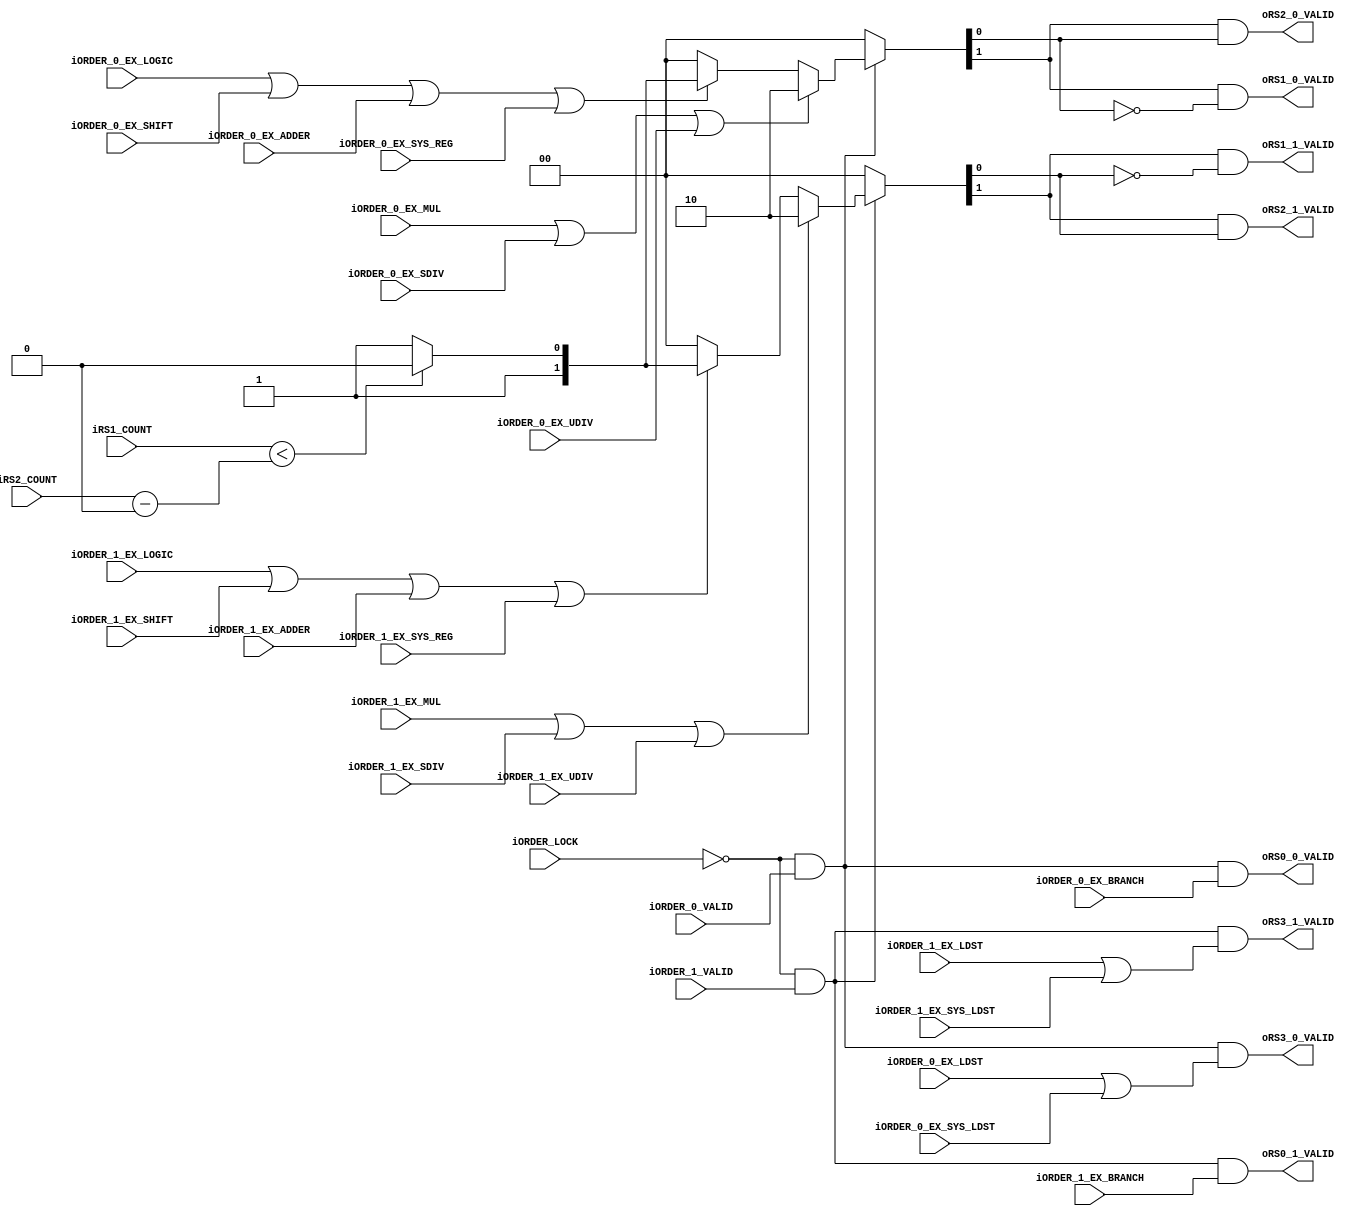
module scheduler2_allocate_rsv_station #(
		parameter P_ALU2_PRIORITY_LEVEL = 4'h0
	)(
		//Register
		input wire iORDER_LOCK,
		input wire iORDER_0_VALID,
		input wire iORDER_0_EX_SYS_REG,	
		input wire iORDER_0_EX_SYS_LDST,		
		input wire iORDER_0_EX_LOGIC,
		input wire iORDER_0_EX_SHIFT,
		input wire iORDER_0_EX_ADDER,
		input wire iORDER_0_EX_MUL,
		input wire iORDER_0_EX_SDIV,
		input wire iORDER_0_EX_UDIV,
		input wire iORDER_0_EX_LDST,
		input wire iORDER_0_EX_BRANCH,
		input wire iORDER_1_VALID,
		input wire iORDER_1_EX_SYS_REG,	
		input wire iORDER_1_EX_SYS_LDST,		
		input wire iORDER_1_EX_LOGIC,
		input wire iORDER_1_EX_SHIFT,
		input wire iORDER_1_EX_ADDER,
		input wire iORDER_1_EX_MUL,
		input wire iORDER_1_EX_SDIV,
		input wire iORDER_1_EX_UDIV,
		input wire iORDER_1_EX_LDST,
		input wire iORDER_1_EX_BRANCH,
		//RS-INFO
		input wire [3:0] iRS1_COUNT,
		input wire [3:0] iRS2_COUNT,
		//Output
		output wire oRS0_0_VALID,
		output wire oRS1_0_VALID,
		output wire oRS2_0_VALID,
		output wire oRS3_0_VALID,
		output wire oRS0_1_VALID,
		output wire oRS1_1_VALID,
		output wire oRS2_1_VALID,
		output wire oRS3_1_VALID
	);
	
	//ALU1, 2
	wire rs1_0_select;
	wire rs1_1_select;
	wire rs2_0_select;
	wire rs2_1_select;
	
	/*
	reg b_alu_last;
	always@(posedge iCLOCK or negedge inRESET)begin
		if(!inRESET)begin	
			b_alu_last <= 1'b0;
		end
		else if(iRESET_SYNC)begin
			b_alu_last <= 1'b0;
		end
		else begin	
			if(rs1_0_select)begin
				b_alu_last <= 1'b0;
			end
			else if(rs2_0_select)begin
				b_alu_last <= 1'b1;
			end
			else begin
				b_alu_last <= b_alu_last;
			end
		end
	end
	*/
	
	localparam PL_ALU_SEL_ALU1 = 1'h0;
	localparam PL_ALU_SEL_ALU2 = 1'h1;
	
	
	
	//[1]Valid bit, [0]0=Rs1/1=Rs2
	function [1:0] func_alu_select;
		//input func_alu_last;
		input [3:0] func_alu1_cnt;
		input [3:0] func_alu2_cnt;
		input func_valid;
		input func_ex_mul;		//only ALU1
		input func_ex_sdiv;		//only ALU1
		input func_ex_udiv;		//only ALU1
		input func_ex_logic;
		input func_ex_shift;
		input func_ex_adder;
		input func_ex_sys_reg;
		begin	
			if(!func_valid)begin	
				func_alu_select = 2'h0;
			end
			else begin
				if(func_ex_mul || func_ex_sdiv || func_ex_udiv)begin
					func_alu_select = {1'b1, PL_ALU_SEL_ALU1};
				end
				else if(func_ex_logic || func_ex_shift || func_ex_adder || func_ex_sys_reg)begin
					if(func_alu1_cnt < (func_alu2_cnt-P_ALU2_PRIORITY_LEVEL))begin	
						func_alu_select = {1'b1, PL_ALU_SEL_ALU1};
					end
					else begin
						func_alu_select = {1'b1, PL_ALU_SEL_ALU2};
					end
				end
				else begin
					func_alu_select = 2'h0;
				end
			end
		end
	endfunction
	
	wire pipe0_alu_valid;
	wire pipe0_alu_valid_number;
	assign {pipe0_alu_valid, pipe0_alu_valid_number} = func_alu_select(
		iRS1_COUNT,
		iRS2_COUNT,
		(!iORDER_LOCK && iORDER_0_VALID),
		iORDER_0_EX_MUL,
		iORDER_0_EX_SDIV,
		iORDER_0_EX_UDIV,
		iORDER_0_EX_LOGIC,
		iORDER_0_EX_SHIFT,
		iORDER_0_EX_ADDER,
		iORDER_0_EX_SYS_REG
	);
	
	wire pipe1_alu_valid;
	wire pipe1_alu_valid_number;
	assign {pipe1_alu_valid, pipe1_alu_valid_number} = func_alu_select(
		iRS1_COUNT,
		iRS2_COUNT,
		(!iORDER_LOCK && iORDER_1_VALID),
		iORDER_1_EX_MUL,
		iORDER_1_EX_SDIV,
		iORDER_1_EX_UDIV,
		iORDER_1_EX_LOGIC,
		iORDER_1_EX_SHIFT,
		iORDER_1_EX_ADDER,
		iORDER_1_EX_SYS_REG
	);
	
	//RS0
	assign oRS0_0_VALID = !iORDER_LOCK && iORDER_0_VALID && iORDER_0_EX_BRANCH;
	assign oRS0_1_VALID = !iORDER_LOCK && iORDER_1_VALID && iORDER_1_EX_BRANCH;	
	
	/*
	//RS1		
	assign oRS1_0_VALID = !iORDER_LOCK && iORDER_0_VALID && (iORDER_0_EX_MUL || iORDER_0_EX_SDIV || iORDER_0_EX_UDIV || ((iRS1_COUNT < iRS2_COUNT)? iORDER_0_EX_LOGIC || iORDER_0_EX_SHIFT || iORDER_0_EX_ADDER || iORDER_0_EX_SYS_REG : 1'b0));
	assign oRS1_1_VALID = !iORDER_LOCK && iORDER_1_VALID && (iORDER_1_EX_MUL || iORDER_1_EX_SDIV || iORDER_1_EX_UDIV || ((iRS1_COUNT < iRS2_COUNT)? iORDER_1_EX_LOGIC || iORDER_1_EX_SHIFT || iORDER_1_EX_ADDER || iORDER_1_EX_SYS_REG : 1'b0));								
	//RS2									
	assign oRS2_0_VALID = !iORDER_LOCK && iORDER_0_VALID && ((iRS1_COUNT < iRS2_COUNT)? 1'b0 : iORDER_0_EX_LOGIC || iORDER_0_EX_SHIFT || iORDER_0_EX_ADDER || iORDER_0_EX_SYS_REG);
	assign oRS2_1_VALID = !iORDER_LOCK && iORDER_1_VALID && ((iRS1_COUNT < iRS2_COUNT)? 1'b0 : iORDER_1_EX_LOGIC || iORDER_1_EX_SHIFT || iORDER_1_EX_ADDER || iORDER_1_EX_SYS_REG);							
	*/
		
	
	//RS1	
	assign oRS1_0_VALID = pipe0_alu_valid && (pipe0_alu_valid_number == PL_ALU_SEL_ALU1); //rs1_0_select;
	assign oRS1_1_VALID = pipe1_alu_valid && (pipe1_alu_valid_number == PL_ALU_SEL_ALU1); //rs1_1_select;								
	//RS2					
	assign oRS2_0_VALID = pipe0_alu_valid && (pipe0_alu_valid_number == PL_ALU_SEL_ALU2); //rs2_0_select;
	assign oRS2_1_VALID = pipe1_alu_valid && (pipe1_alu_valid_number == PL_ALU_SEL_ALU2); //rs2_1_select;								
	
	
	
	
	//RS3
	assign oRS3_0_VALID = !iORDER_LOCK && iORDER_0_VALID && (iORDER_0_EX_LDST || iORDER_0_EX_SYS_LDST);
	assign oRS3_1_VALID = !iORDER_LOCK && iORDER_1_VALID && (iORDER_1_EX_LDST || iORDER_1_EX_SYS_LDST);
	
endmodule